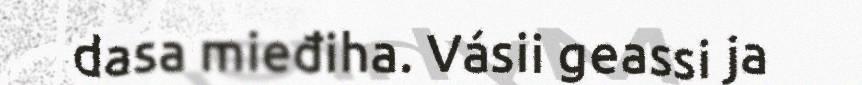
dasa mieđiha. Vásii geassi ja